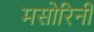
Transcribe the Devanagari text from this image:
मसोरिनी